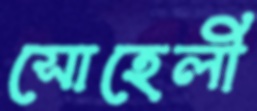
সোহেলী